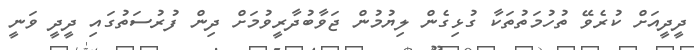
ދީދީއަށް ކުރެވޭ ތުހުމަތުތަކާ ގުޅިގެން ލިޔުމުން ޖަވާބުދާރީވުމަށް ދިން ފުރުސަތުގައި ދީދީ ވަނީ